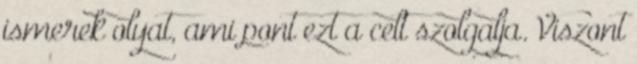
ismerek olyat, ami pont ezt a celt szolgalja. Viszont